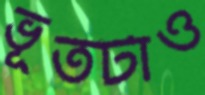
ভূতটাও